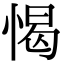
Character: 愒